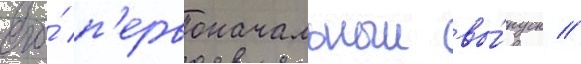
его́ п'ервоначальныи вы́пуск //